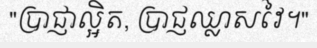
"ប្រាជ្ញាល្អិត, ប្រាជ្ញឈ្លាសវៃ។"